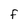
Character: f